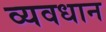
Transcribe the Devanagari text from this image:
व्‍यवधान